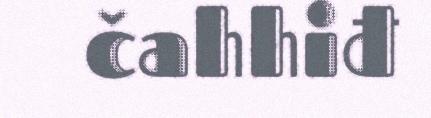
čahhiđ